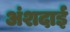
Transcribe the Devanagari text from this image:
अंशदाई